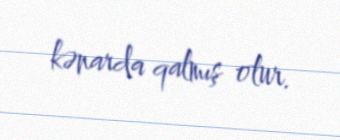
kənarda qalmış olur.